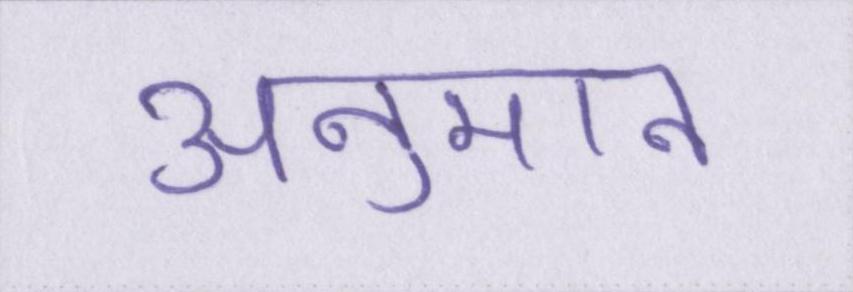
अनुमान